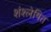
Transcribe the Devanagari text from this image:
शंश्लेषित